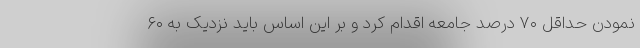
نمودن حداقل ۷۰ درصد جامعه اقدام کرد و بر این اساس باید نزدیک به ۶۰